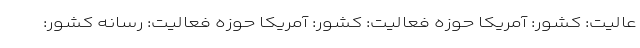
عالیت: کشور: آمریکا حوزه فعالیت: کشور: آمریکا حوزه فعالیت: رسانه کشور: